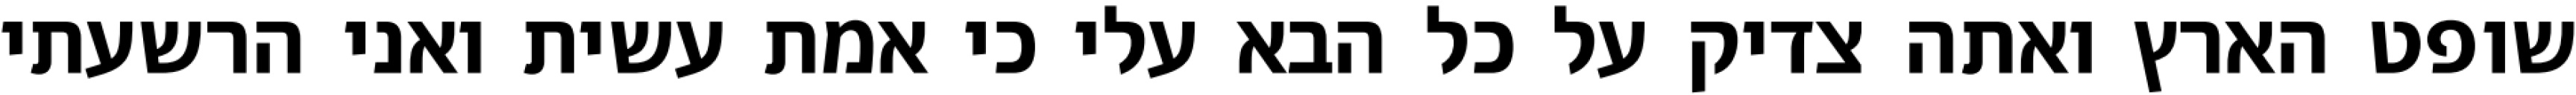
שופט הארץ ואתה צדיק על כל הבא עלי כי אמת עשית ואני הרשעתי